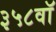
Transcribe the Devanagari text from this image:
३५८वॉ